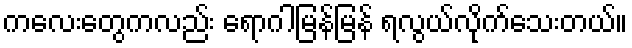
ကလေးတွေကလည်း ရောဂါမြန်မြန် ရလွယ်လိုက်သေးတယ်။